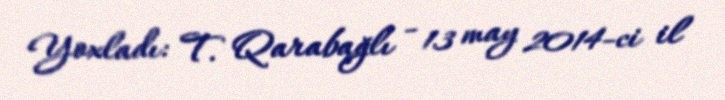
Yoxladı: T. Qarabağlı - 13 may 2014-ci il